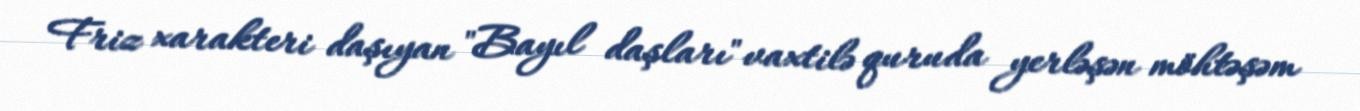
Friz xarakteri daşıyan "Bayıl daşları" vaxtilə quruda yerləşən möhtəşəm